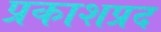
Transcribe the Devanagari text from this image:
प्रकाशप्रद